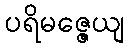
ပရိမဇ္ဇေယျ